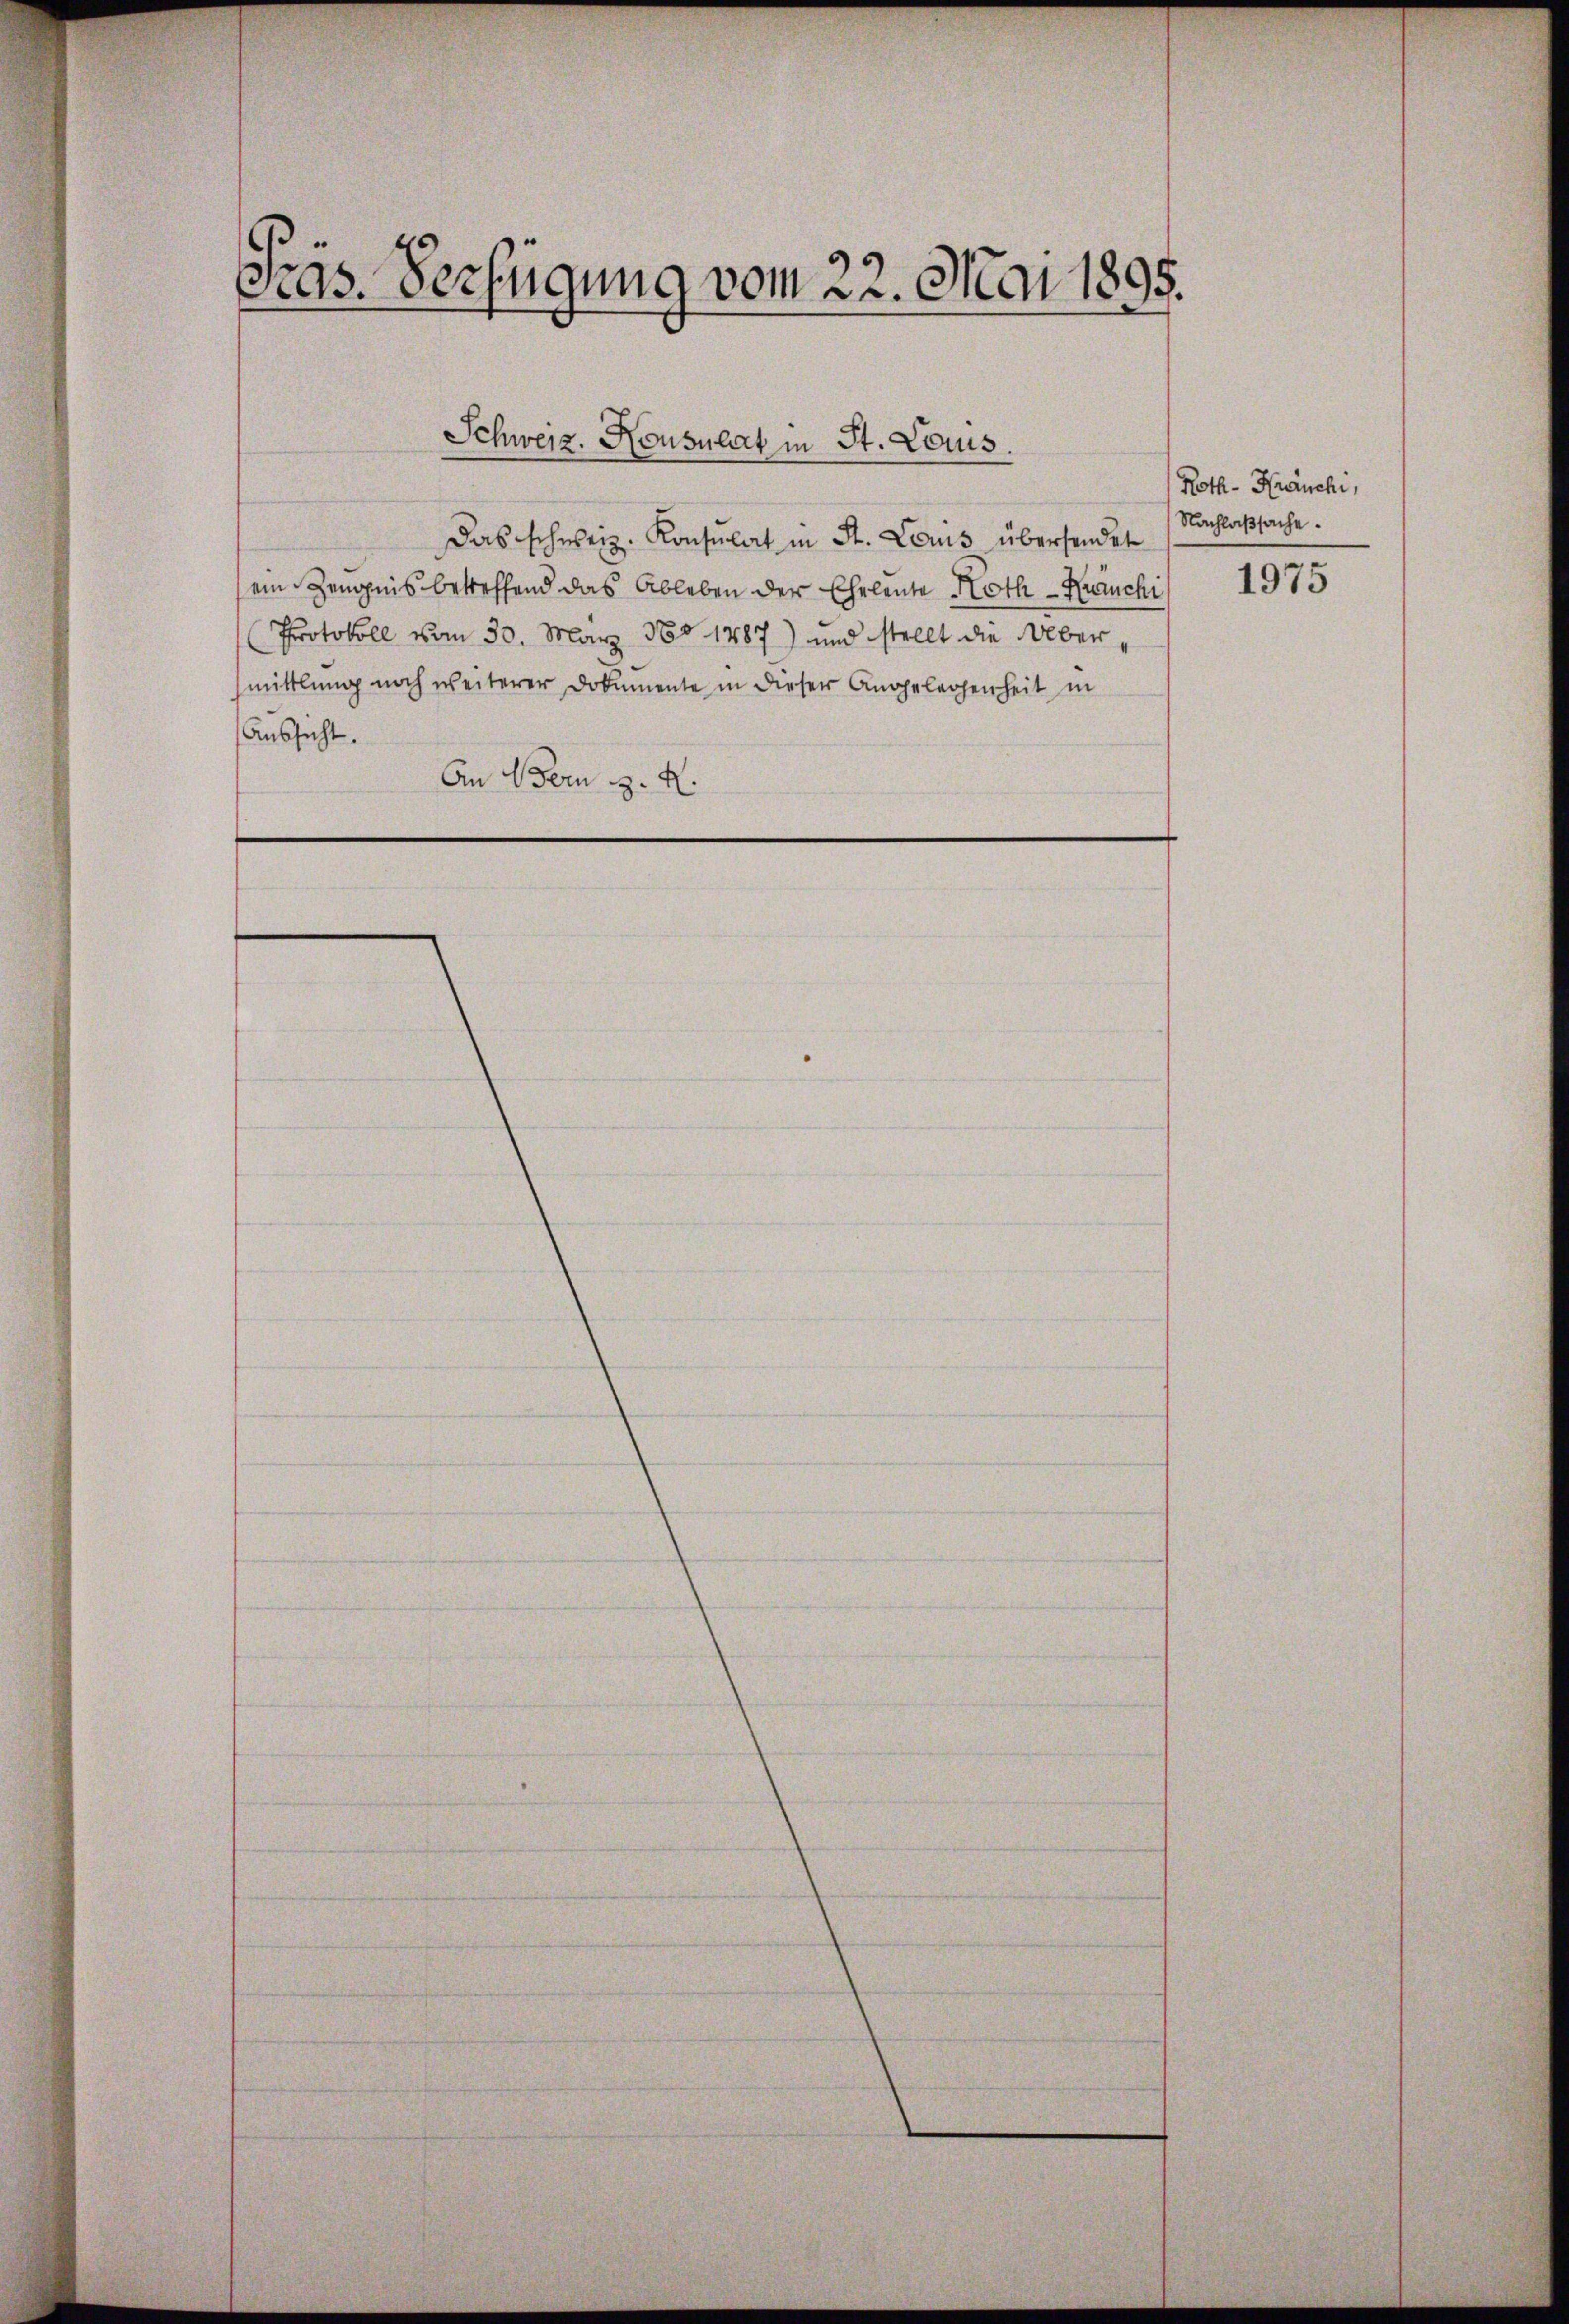
Seys Verfügung vom 22. Mai 1895.

Das schweiz. Konsulat in St. Louis übersendet
ein Zeugnis betreffend das Ableben der Eheleute Noth - Ruchi
Protokoll vom 30. März 188 1887) und stellt die Übermittlung noch weiterer Dokumente in dieser Angelegenheit in
Aussicht.
An Bern z. H.

Schweiz. Konsulat in St. Louis.

Roth - Kranchi,
Nachlaßsache.

1975